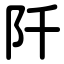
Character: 阡